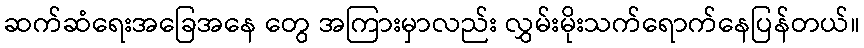
ဆက်ဆံရေးအခြေအနေ တွေ အကြားမှာလည်း လွှမ်းမိုးသက်ရောက်နေပြန်တယ်။